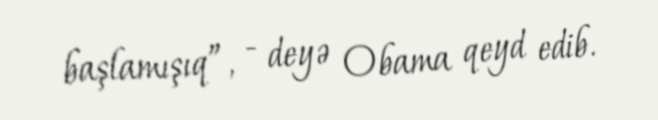
başlamışıq”, - deyə Obama qeyd edib.